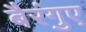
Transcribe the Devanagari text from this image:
बैरंगुए